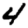
Digit: 4